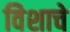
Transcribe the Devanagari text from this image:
विेशाचे